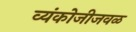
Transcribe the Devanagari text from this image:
व्यंकोजीजवळ